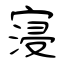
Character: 寖